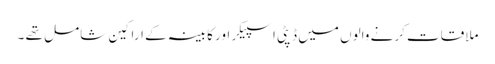
ملاقات کرنے والوں میں ڈپٹی اسپیکر اور کابینہ کے اراکین شامل تھے ۔